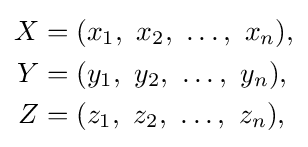
{\begin{aligned}X&=(x_{1},\ x_{2},\ \dots ,\ x_{n}),\\Y&=(y_{1},\ y_{2},\ \dots ,\ y_{n}),\\Z&=(z_{1},\ z_{2},\ \dots ,\ z_{n}),\end{aligned}}